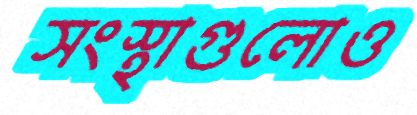
সংস্থাগুলোও